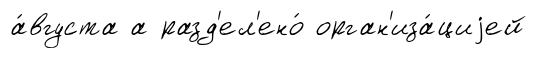
а́вгуста а разд'ел'ено́ орган'иза́циjей